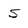
Character: 5